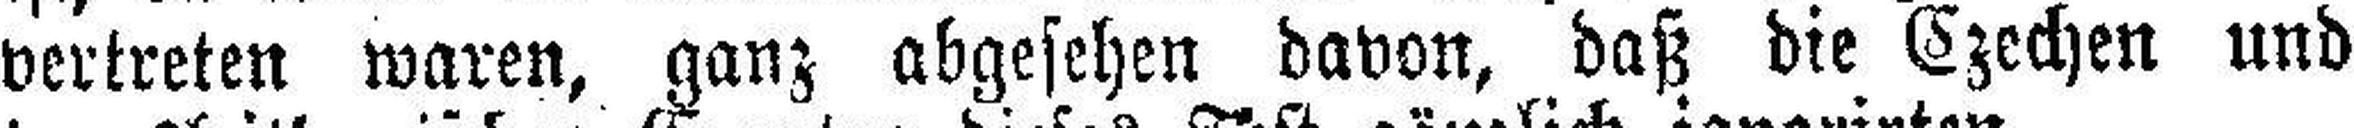
vertreten waren, ganz abgesehen davon, daß die Czechen und